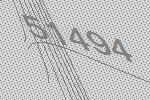
51494